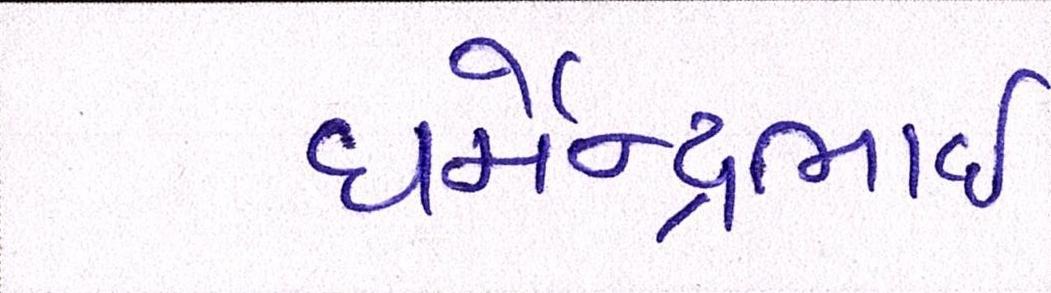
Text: ધર્મેન્દ્રભાઇ